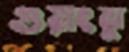
গুয়াংঝু